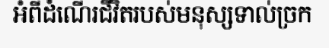
អំពីដំណើរជីវិតរបស់មនុស្សទាល់ច្រក